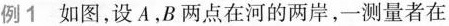
例1 如图，设A，B两点在河的两岸，一测量者在